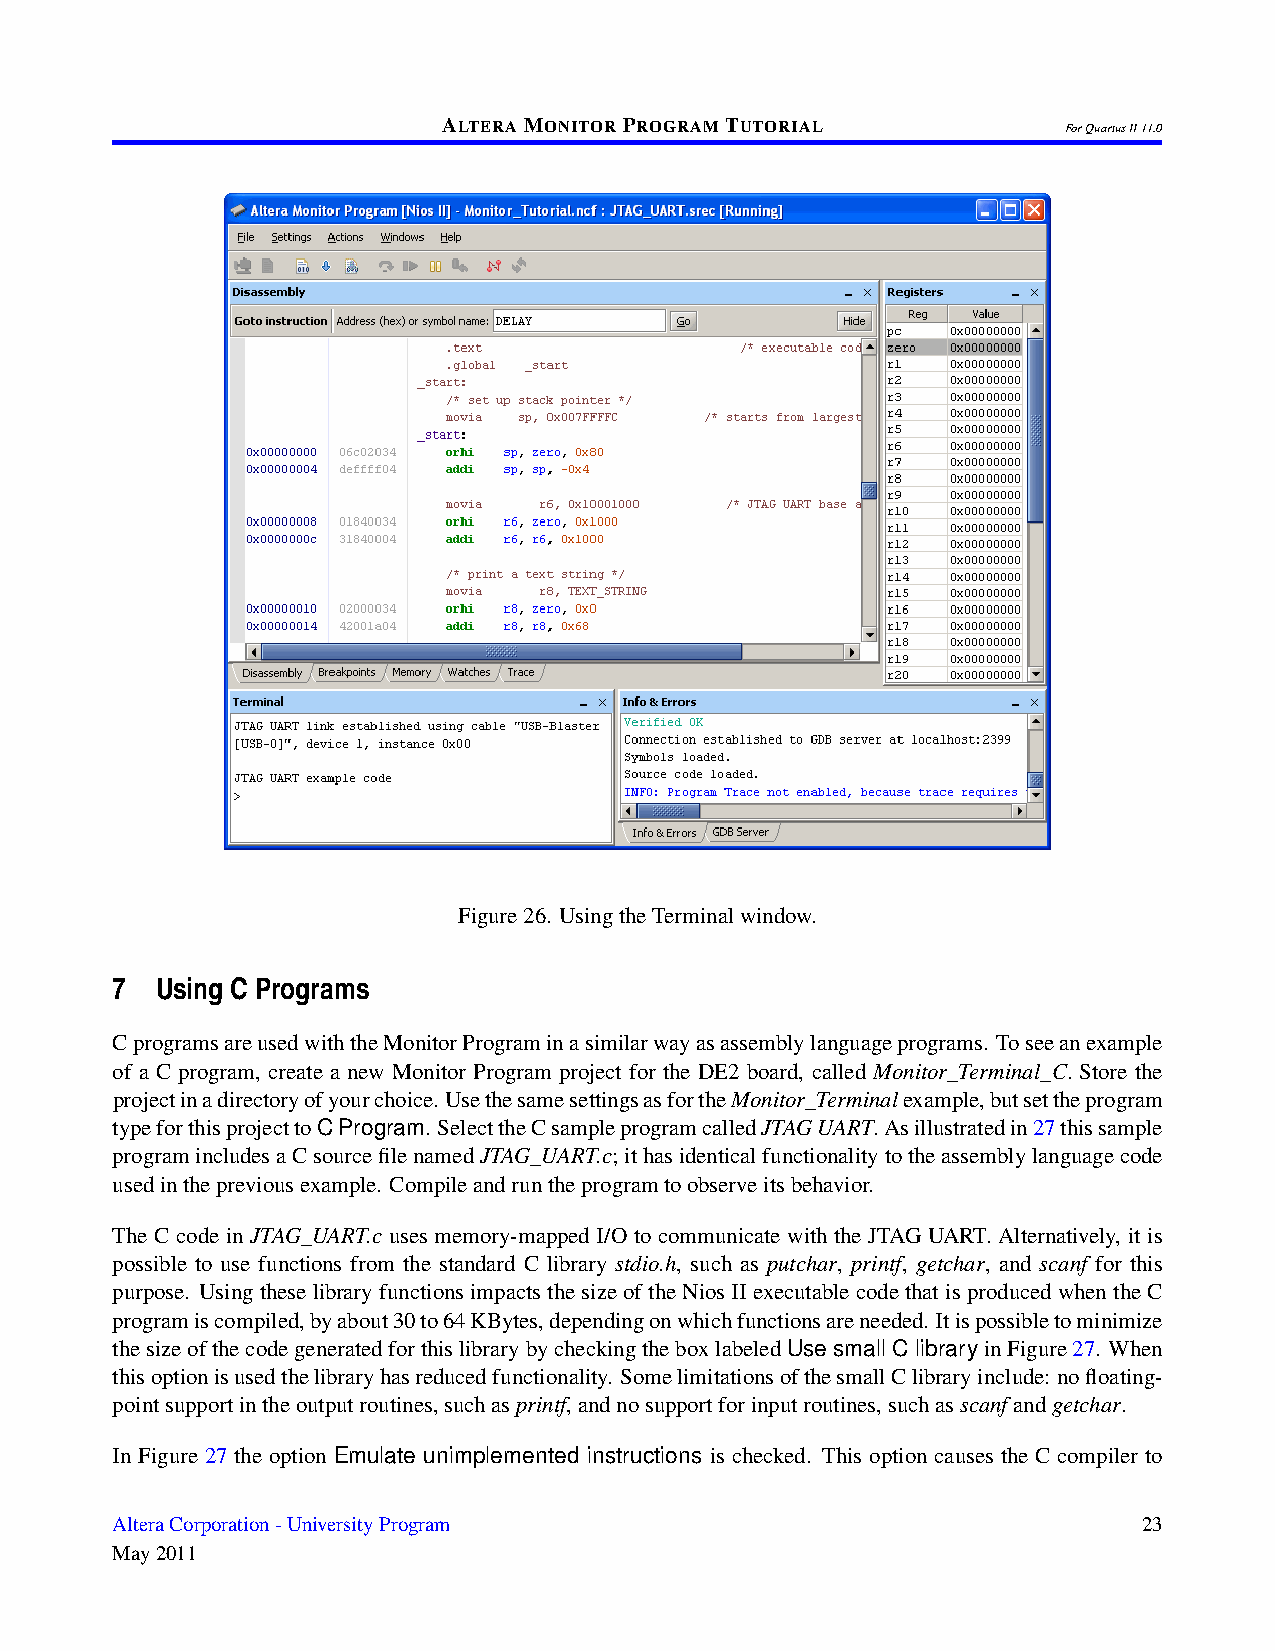
ALTERAMONITORPROGRAMTUTORIAL
 ForQuartusII11.0
 Figure26. UsingtheTerminalwindow.
 7  Using C Programs
 CprogramsareusedwiththeMonitorPrograminasimilarwayasassemblylanguageprograms. Toseeanexample
 of a C program, create a new Monitor Program project for the DE2 board, called Monitor_Terminal_C. Store the
 projectinadirectoryofyourchoice. UsethesamesettingsasfortheMonitor_Terminalexample,butsettheprogram
 typeforthisprojecttoCProgram. SelecttheCsampleprogramcalledJTAGUART.Asillustratedin27thissample
 programincludesaCsourcefilenamedJTAG_UART.c;ithasidenticalfunctionalitytotheassemblylanguagecode
 usedinthepreviousexample. Compileandruntheprogramtoobserveitsbehavior.
 The C code in JTAG_UART.c uses memory-mapped I/O to communicate with the JTAG UART. Alternatively, it is
 possible to use functions from the standard C library stdio.h, such as putchar, printf, getchar, and scanf for this
 purpose. Using these library functions impacts the size of the Nios II executable code that is produced when the C
 programiscompiled,byabout30to64KBytes,dependingonwhichfunctionsareneeded. Itispossibletominimize
 thesizeofthecodegeneratedforthislibrarybycheckingtheboxlabeledUse small C libraryinFigure27. When
 thisoptionisusedthelibraryhasreducedfunctionality. SomelimitationsofthesmallClibraryinclude: nofloating-
 pointsupportintheoutputroutines,suchasprintf,andnosupportforinputroutines,suchasscanfandgetchar.
 In Figure 27 the option Emulate unimplemented instructions is checked. This option causes the C compiler to
 AlteraCorporation-UniversityProgram                                  23
 May2011